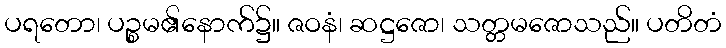
ပရတော၊ ပဉ္စမ၏နောက်၌။ ဇဝနံ၊ ဆဋ္ဌဇော၊ သတ္တမဇောသည်။ ပတိတံ